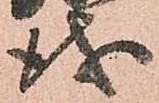
儀